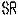
SR